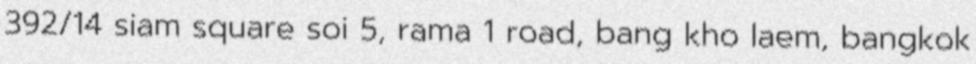
392/14 siam square soi 5, rama 1 road, bang kho laem, bangkok